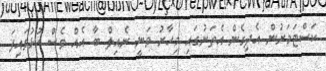
ކަސްޓަމަރުން އެދިގެން އެތަނުގައި މިހާރު ވަނީ ނެއިލް ބާ އެއް ވެސް ހުޅުވައިފަ